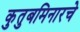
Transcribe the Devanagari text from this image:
कुतुबमिनारचे